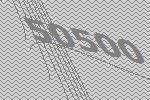
50500